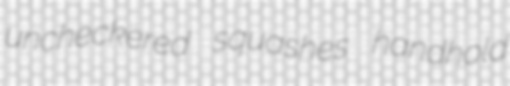
uncheckered squashes handhold